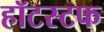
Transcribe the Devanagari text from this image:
हॉटस्टफ